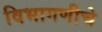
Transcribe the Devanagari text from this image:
विभागणीचे